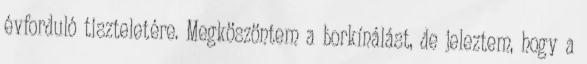
évforduló tiszteletére. Megköszöntem a borkíná­lást, de je­lez­tem, hogy a